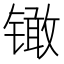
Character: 𰾳